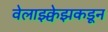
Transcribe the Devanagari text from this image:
वेलाझ्क्वेझकडून